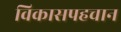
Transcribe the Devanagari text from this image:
विकासपहचान